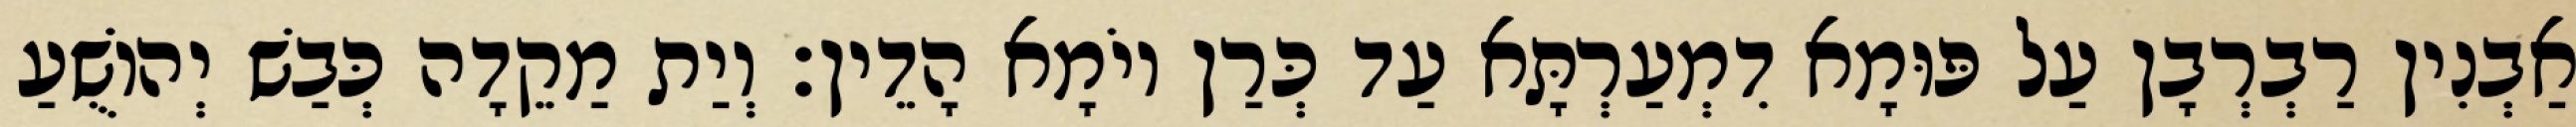
אַבְנִין רַבְרְבָן עַל פּוּמָא דִמְעַרְתָּא עַד כְּרַן יוֹמָא הָדֵין׃ וְיַת מַקֵדָה כְּבַשׁ יְהוֹשֻׁעַ